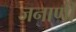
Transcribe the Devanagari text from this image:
जनाणी